Indian journal of veterinary science and animal husbandry - Volume 3,
Year: 1933
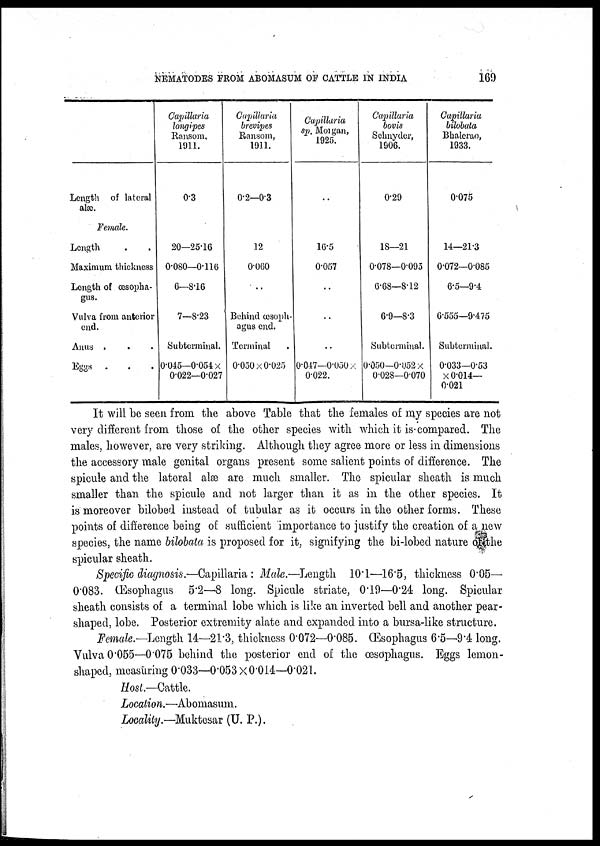
NEMATODES FROM ABOMASUM OF CATTLE IN INDIA
169
Length of lateral
alæ.
Female.
Length . .
Maximum thickness
Longth of œsopha-
gus.
Vulva from anterior
end.
Anus . . .
Eggs . . .
Capillaria
longipes
Ransom,
1911.
0.3
20—25.16
0.080—0.116
6—8.16
7—8.23
Subterminal.
0.045—0.054 ×
0.022—0.027
Capillaria
brevipes
Ransom,
1911.
0.2—0.3
12
0.060
. .
Behind œsoph-
agus end.
Terminal .
0.050 × 0.025
Capillaria
sp. Morgan,
1925.
. .
16.5
0.057
. .
. .
. .
0.047—0.050 ×
0.022.
Capillaria
bovis
Schnyder,
1906.
0.29
18—21
0.078—0.095
6.68—8.12
6.9—8.3
Subterminal.
0.050—0.052 ×
0.028—0.070
Capillaria
bilobuta
Bhalerao,
1933.
0.075
14—21.3
0.072—0.085
6.5—9.4
6.555—9.475
Subterminal.
0.033—0.53
× 0.014—
0.021
It will be seen from the above Table that the females of my species are not
very different from those of the other species with which it is compared. The
males, however, are very striking. Although they agree more or less in dimensions
the accessory male genital organs present some salient points of difference. The
spicule and the lateral alæ are much smaller. The spicular sheath is much
smaller than the spicule and not larger than it as in the other species. It
is moreover bilobed instead of tubular as it occurs in the other forms. These
points of difference being of sufficient importance to justify the creation of a new
species, the name bilobata is proposed for it, signifying the bi-lobed nature of the
spicular sheath.
Specific diagnosis.—Capillaria : Male.—Length 10.1—16.5, thickness 0.05—
0.083. Œsophagus 5.2—-8 long. Spicule striate, 0.19—0.24 long. Spicular
sheath consists of a terminal lobe which is like an inverted bell and another pear-
shaped, lobe. Posterior extremity alate and expanded into a bursa-like structure.
Female.—Length 14—21.3, thickness 0.072—0.085. Œsophagus 6.5—9.4 long.
Vulva 0.055—0.075 behind the posterior end of the œsophagus. Eggs lemon-
shaped, measuring 0.033—0.053 ×0.014—0.021.
Host— Cattle.
Location.—Abomasum.
Locality.—Muktesar (U. P.).